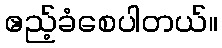
ဧည့်ခံစေပါတယ်။